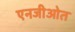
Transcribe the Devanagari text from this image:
एनजीओत